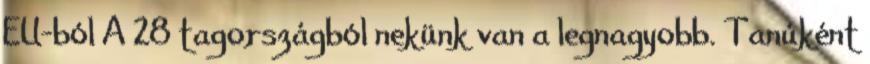
EU-ból A 28 tagországból nekünk van a legnagyobb. Tanúként